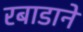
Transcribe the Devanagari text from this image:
रबाडाने